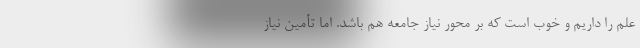
علم را داریم و خوب است که بر محور نیاز جامعه هم باشد. اما تأمین نیاز